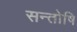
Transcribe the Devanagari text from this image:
सन्तोषि